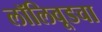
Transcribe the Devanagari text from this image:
लॉलिवूडचा